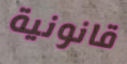
قانونية